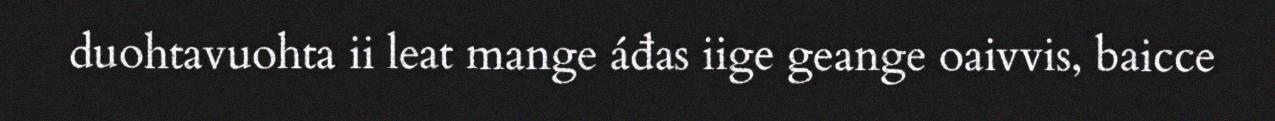
duohtavuohta ii leat mange áđas iige geange oaivvis, baicce